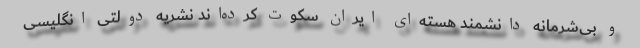
و بی‌شرمانه دانشمند هسته‌ای ایران سکوت کرده‌اند نشریه دولتی انگلیسی